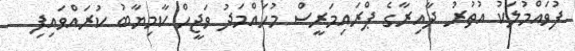
ފުވައްމުލަކު އުތުރު ދާއިރާގެ ޕްރައިމަރީސް މުހައްމަދު ވަޖީހް ކާމިޔާބު ކުރައްވައިފި